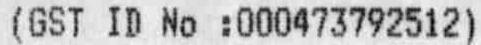
(GST ID NO :000473792512)